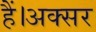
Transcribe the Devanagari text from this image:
हैं।अक्सर